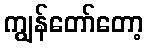
ကျွန်တော်တော့